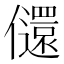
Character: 𫤇